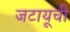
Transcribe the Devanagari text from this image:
जटायूची